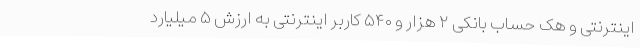
اینترنتی و هک حساب بانکی ۲ هزار و ۵۴۰ کاربر اینترنتی به ارزش ۵ میلیارد